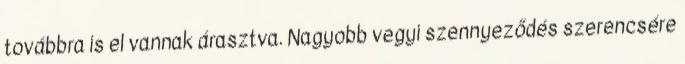
továbbra is el vannak árasztva. Nagyobb vegyi szennyeződés szerencsére